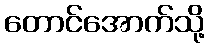
တောင်အောက်သို့